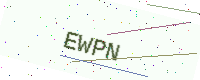
Text: EWPN